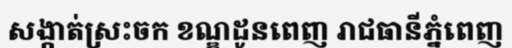
សង្កាត់ស្រះចក ខណ្ឌដូនពេញ រាជធានីភ្នំពេញ